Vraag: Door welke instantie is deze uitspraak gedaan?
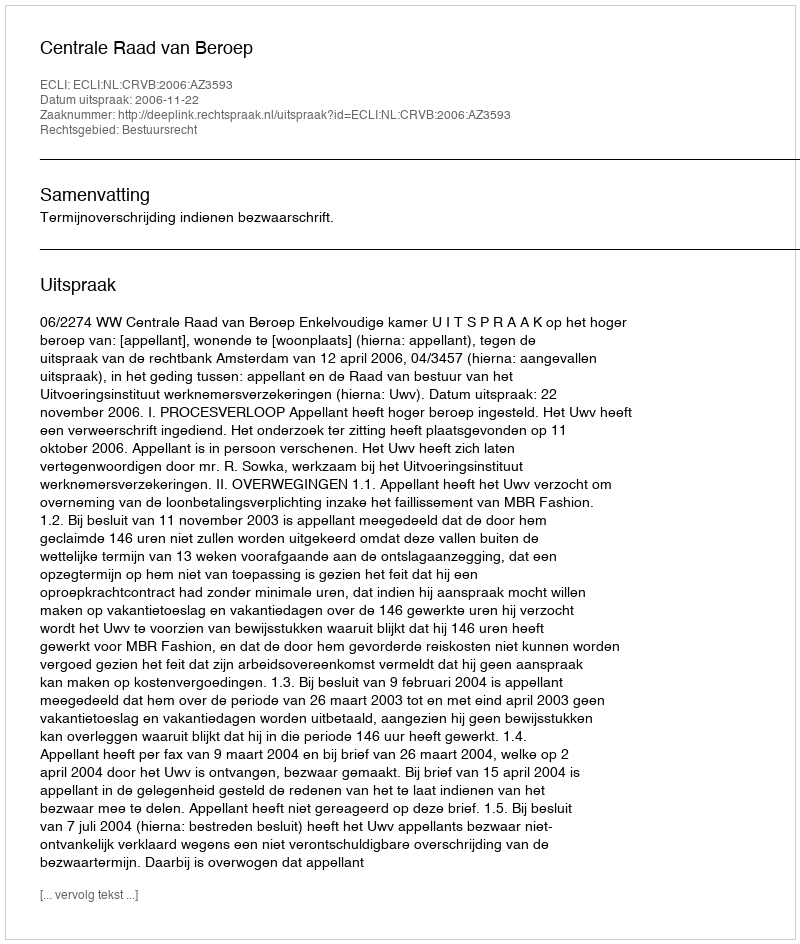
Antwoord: Centrale Raad van Beroep